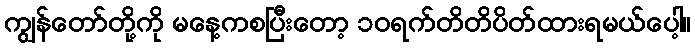
ကျွန်တော်တို့ကို မနေ့ကစပြီးတော့ ၁၀ရက်တိတိပိတ်ထားရမယ်ပေါ့။